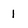
Character: l